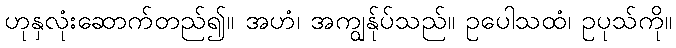
ဟုနှလုံးဆောက်တည်၍။ အဟံ၊ အကျွန်ုပ်သည်။ ဥပေါသထံ၊ ဥပုသ်ကို။